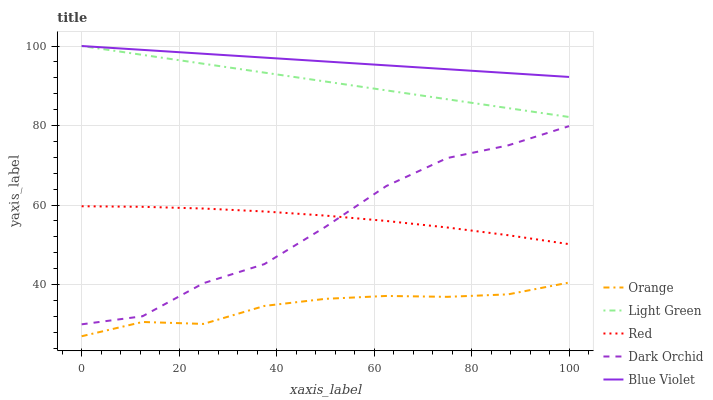
| xaxis_label | Orange | Light Green | Red | Dark Orchid | Blue Violet |
 | --- | --- | --- | --- | --- | --- |
 | 0 | 27 | 100 | 59.7 | 30 | 100 |
 | 12.5 | 30.6 | 97.8 | 59.6 | 32 | 99 |
 | 25 | 30.1 | 95.5 | 59.1 | 40.3 | 98.1 |
 | 37.5 | 34.6 | 93.3 | 58.4 | 45.1 | 97.1 |
 | 50 | 36.4 | 91.1 | 57.3 | 54.5 | 96.1 |
 | 62.5 | 37.1 | 88.8 | 56 | 64.8 | 95.1 |
 | 75 | 36.9 | 86.6 | 54.4 | 71.8 | 94.2 |
 | 87.5 | 37.5 | 84.4 | 52.4 | 75 | 93.2 |
 | 100 | 40.5 | 82.1 | 50.2 | 79.9 | 92.2 |